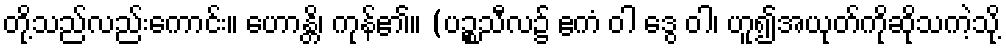
တို့သည်လည်းကောင်း။ ဟောန္တိ၊ ကုန်၏။ (ပဉ္စသီလ၌ ဧကံ ဝါ ဒွေ ဝါ၊ ဟူ၍အယုတ်ကိုဆိုသကဲ့သို့